Scientific memoirs by medical officers of the Army of India - Part III,
Year: 1887
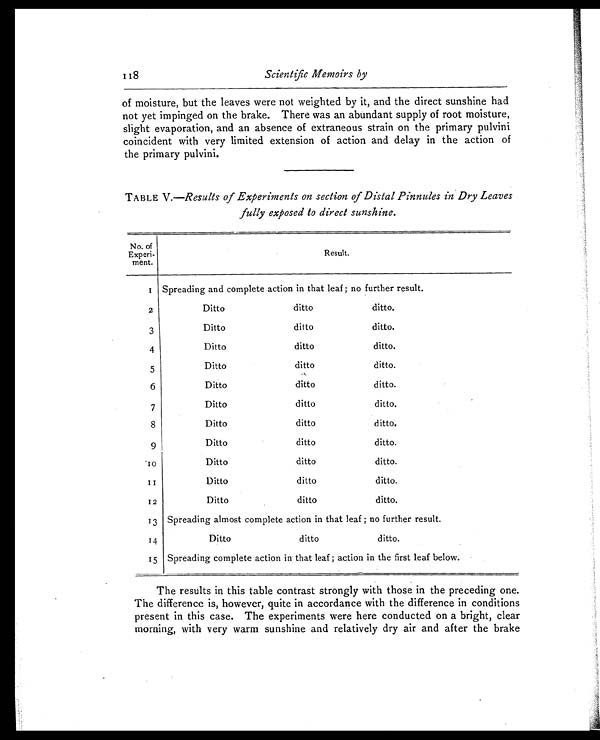
118
Scientific Memoirs by
of moisture, but the leaves were not weighted by it, and the direct sunshine had
not yet impinged on the brake. There was an abundant supply of root moisture,
slight evaporation, and an absence of extraneous strain on the primary pulvini
coincident with very limited extension of action and delay in the action of
the primary pulvini.
TABLE V.— Results of Experiments on section of Distal Pinnules in Dry Leaves
fully exposed to direct sunshine .
No. of
Experi -
ment.
Resul t.
1 Spreading and complete action in that leaf ; no further result.
2
Ditto
ditto
ditto.
3
Ditto
ditto
ditto.
4
Ditto
ditto
ditto.
5
Ditto
ditto
ditto.
6
Ditto
ditto
ditto.
7
Ditto
ditto
ditto.
8
Ditto
ditto
ditto.
9
Ditto
ditto
ditto.
1 0
Ditto
ditto
ditto.
1 1
Ditto
ditto
ditto.
12
Ditto
ditto
ditto.
13 Spreading almost complete action in that leaf ; no further result.
14
Ditto
ditto
ditto.
15 Spreading complete action in that leaf ; action in the first leaf below.
The results in this table contrast strongly with those in the preceding one.
The difference is, however, quite in accordance with the difference in conditions
present in this case. The experiments were here conducted on a bright, clear
morning, with very warm sunshine and relatively dry air and after the brake